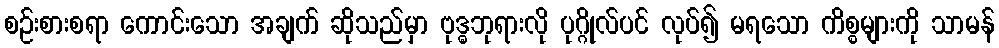
စဉ်းစားစရာ ကောင်းသော အချက် ဆိုသည်မှာ ဗုဒ္ဓဘုရားလို ပုဂ္ဂိုလ်ပင် လုပ်၍ မရသော ကိစ္စများကို သာမန်